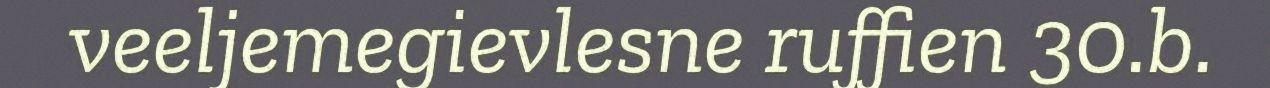
veeljemegievlesne ruffien 30.b.